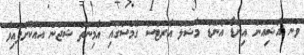
ވަނަ އޭޝިއަން އިންޑޯ އެންޑް މާޝަލް އާރޓްސް ގޭމްސްގައި އާމިނަތު ޝަޖަން އައުކޮށްފައިވާ